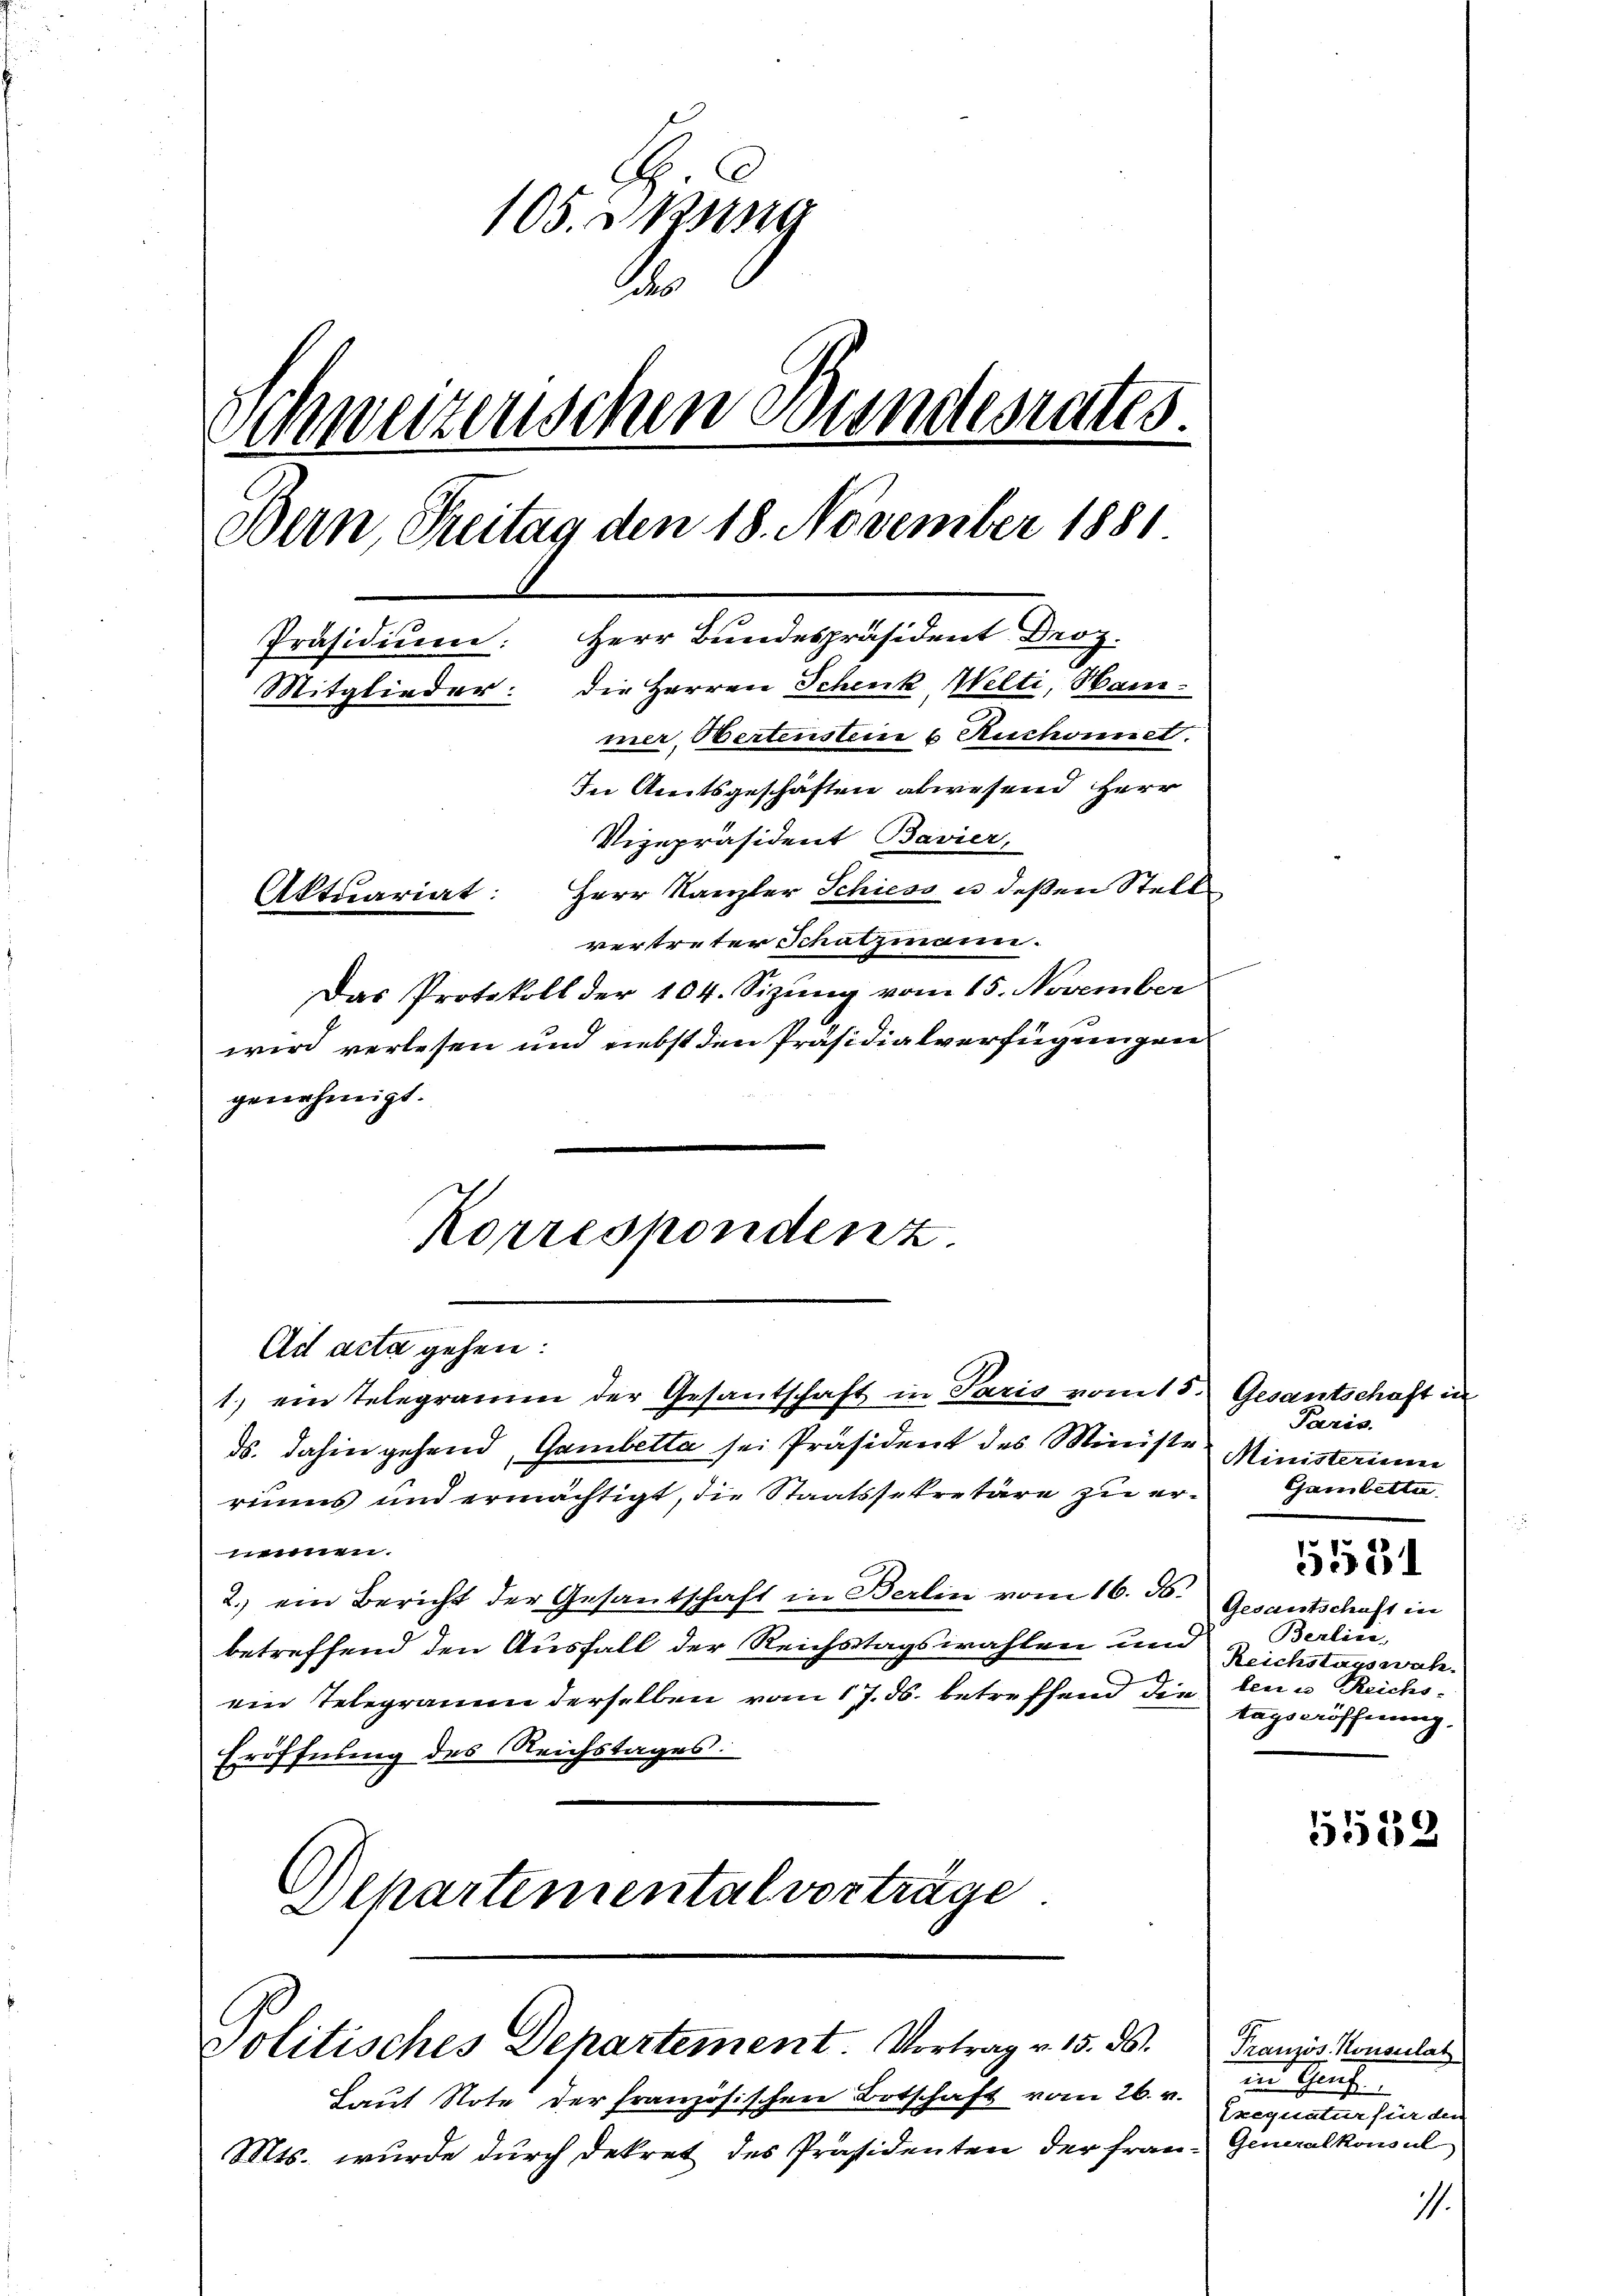
105. 3
.
Schweizerischen Bundesrates.
Bern, Treitag den 18. November 1881
Präsidium: Herr Bundespräsident Droz.
Mitglieder: die Herren Schenk Welti, Hammer, Bertenstein 6 Ruchonnet.
In Amtsgeschäften abwesend Herr
Vizepräsident Bavier,
Aktuariat: Herr Kanzler Schiess u. deßen Stell
vertreter Schatzmann.

Das Protokoll der 104. Sizung vom 15. November
wird verlesen und Liebst den Präsidialverfügungen
genehmigt.

Korrespondenz.

Ad acta gehen:
1. ein Telegramm der Gesantschaft in Paris vom 15.
ds. dahin gehend, Gambetta sei Präsident des Ministe
riums und ermächtigt, die Staatssekretäre zu er- Gambetten.
ennen.
2. ein Bericht der Gesantschaft in Berlin vom 16. d.
betreffend den Ausfall der Reichstagswahlen und Berlin-
4
ein Telegramm derselben vom 17. ds. betreffend die len u Reichs¬
Eröffnung des Reichstages.
Alkartemental vorträge

Politisches Departement. Vortrag v. 15. ds.
Laut Note der französischen Botschaft vom 26. v.
Mts. wurde durch Dekret des Präsidenten der Fran- Generalkonsul

Gesantschaft in
Paris.
Ministerium
Gesantschaft in
Reichstagswah
tagseröffnung.

12534

5539

Französ. Konsulat
in Chauf
Exequatur für der